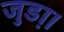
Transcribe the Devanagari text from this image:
जुडा़।